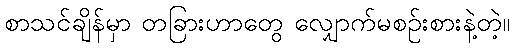
စာသင်ချိန်မှာ တခြားဟာတွေ လျှောက်မစဉ်းစားနဲ့တဲ့။